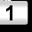
Digit: 1